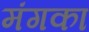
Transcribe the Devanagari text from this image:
मंगका